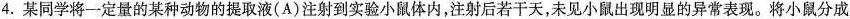
4.某同学将一定量的某种动物的提取液(A)注射到实验小鼠体内，注射后若干天，未见小鼠出现明显的异常表现。将小鼠分成